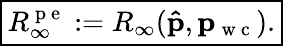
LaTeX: \boxed{R_{\infty}^{\mathrm{~p~e~}}:=R_{\infty}(\mathbf{\hat{p}},\mathbf{p}_{\mathrm{~w~c~}}).}